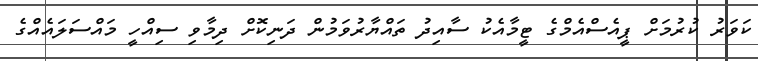
ކަވަރު ކުރުމަށް ޕީއެސްއެމްގެ ޓީމާއެކު ސާއިދު ތައްޔާރުވަމުން ދަނިކޮށް ދިމާވި ސިއްހީ މައްސަލައެއްގެ